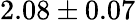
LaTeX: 2.08\pm 0.07